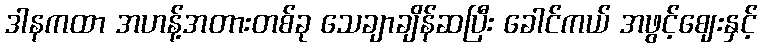
ဒါနကထာ အဟန့်အတားတစ်ခု သေချာချိန်ဆပြီး ခေါင်ကယ် အဖွင့်ဈေးနှင့်